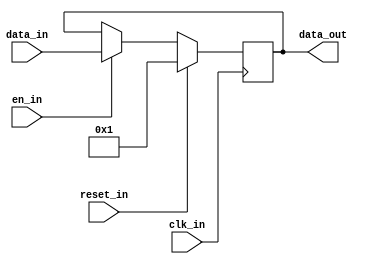
module register_with_preset_reset(
									 data_in,
									 clk_in,
									 reset_in,
									 en_in,
									 data_out
								  );
parameter BUS_WIDTH = 32;

input [BUS_WIDTH-1:0] data_in;
input clk_in;
input en_in;
input reset_in;
output [BUS_WIDTH-1:0] data_out;

reg [BUS_WIDTH-1:0] data_out;

always@(posedge clk_in)
begin
	if(reset_in)
	begin
		data_out <= 1;
	end
	else if(en_in)
	begin
		data_out <= data_in;
	end
end

endmodule